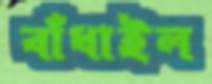
বাঁধাইল